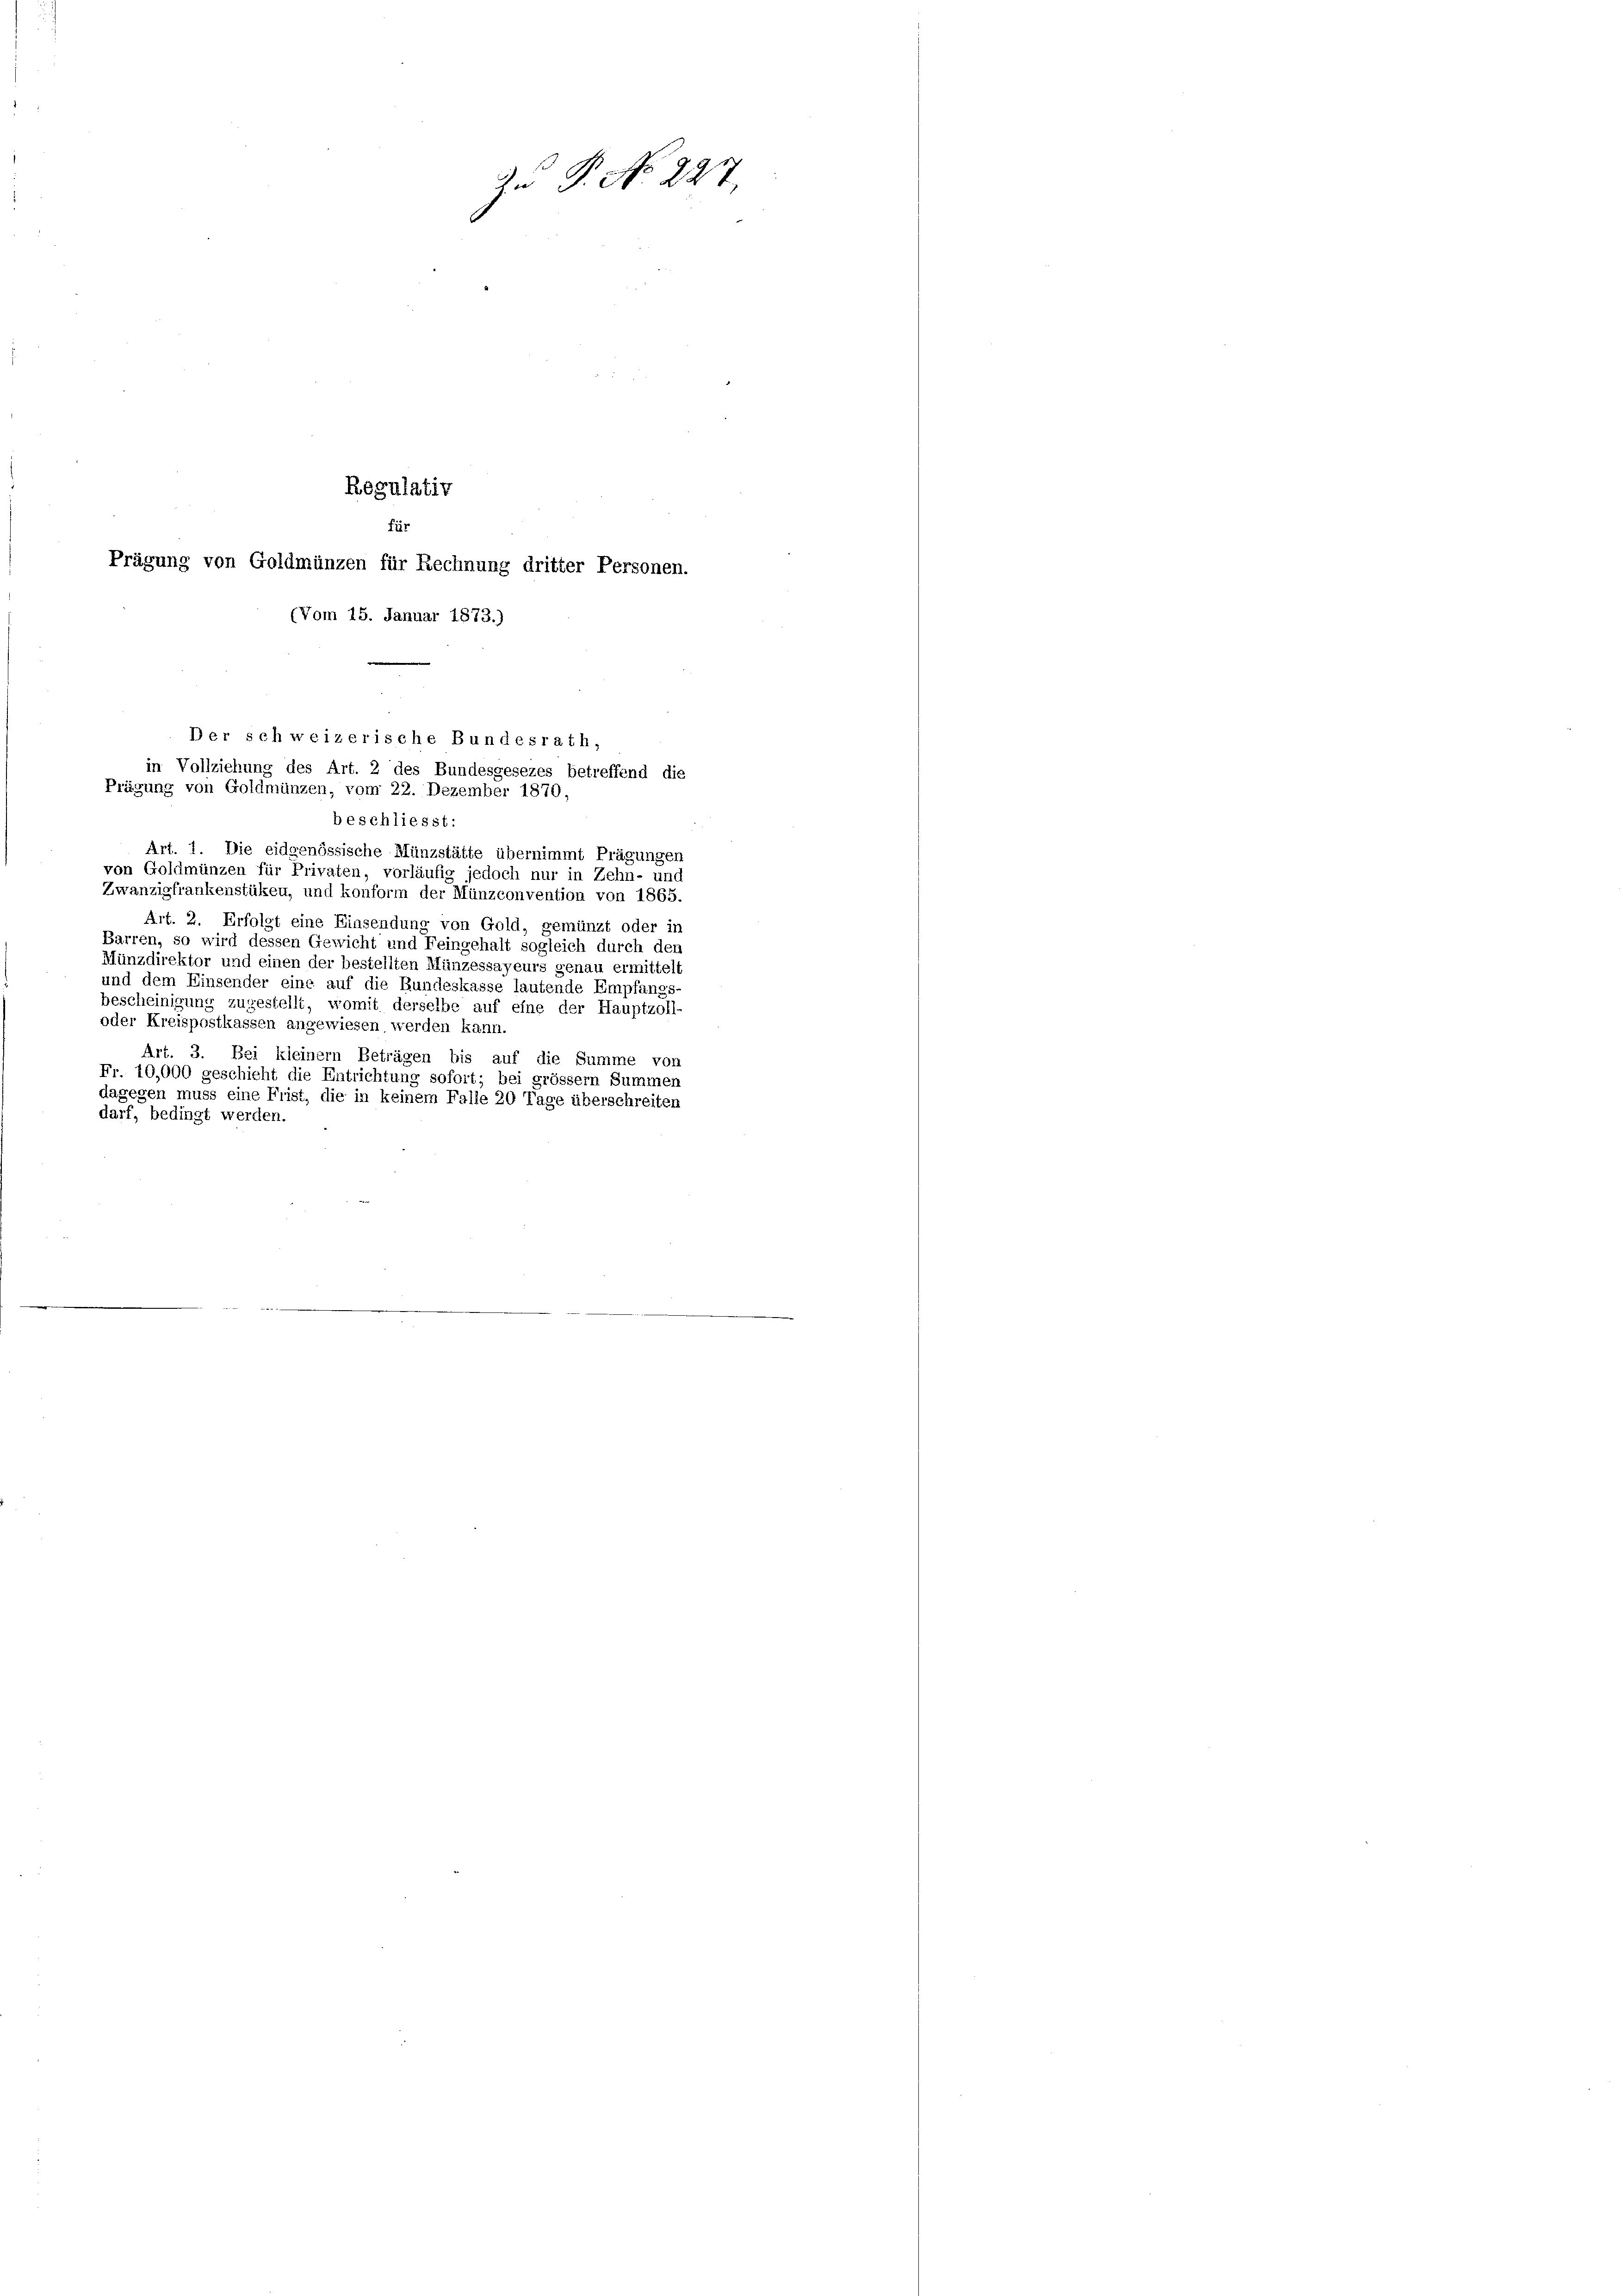
Regulativ
Für
Prägung von Goldmünzen für Rechnung dritter Personen.
(Vom 15. Januar 1873.)

Der schweizerische Bundesrath,
in Vollziehung des Art. 2 des Bundesgesezes betreffend die
Prägung von Goldmünzen, vom 22. Dezember 1870

Zu P. No 227.

beschliesst:
Art. 1. Die eidgenössische Münzstätte übernimmt Prägungen
von Goldmünzen für Privaten, vorläufig jedoch nur in Zehn- und
Zwanzigfrankenstüken, und konform der Münzconvention von 1865.
Art. 2. Erfolgt eine Einsendung von Gold, gemünzt oder in
Barren, so wird dessen Gewicht und Feingehalt sogleich durch den
Münzdirektor und einen der bestellten Münzessayeurs genau ermittelt
und dem Einsender eine auf die Bundeskasse lautende Empfangs-
bescheinigung zugestellt, womit derselbe auf eine der Hauptzoll-
oder Kreispostkassen angewiesen werden kann.
Art. 3. Bei kleinem Beträgen bis auf die Summe von
Fr. 10,000 geschieht die Entrichtung sofort; bei grossem Summen
dagegen muss eine Frist, die in keinem Falle 20 Tage überschreiten
darf, bedingt werden.